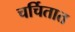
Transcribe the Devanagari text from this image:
चर्चितात